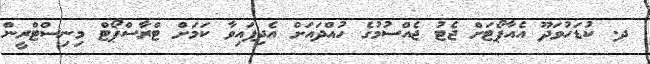
ދ. ކުޑަހުވަދޫ އެއާޕޯޓަށް ޖެޓު ޖެއްސުމުގެ ހުއްދައަށް އެދިފައިވާ ކަމަށް ޓްރާސްޕޯޓް މިނިސްޓްރީން